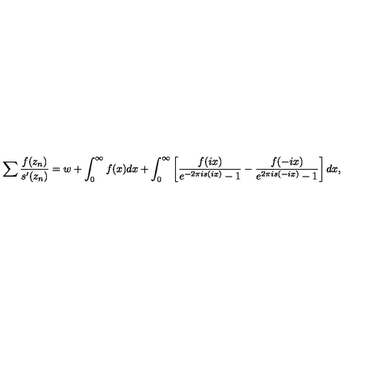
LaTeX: \sum \frac { f ( z _ { n } ) } { s ^ { \prime } ( z _ { n } ) } = w + \int _ { 0 } ^ { \infty } { f ( x ) d x } + \int _ { 0 } ^ { \infty } { \left[ \frac { f ( i x ) } { e ^ { - 2 \pi i s ( i x ) } - 1 } - \frac { f ( - i x ) } { e ^ { 2 \pi i s ( - i x ) } - 1 } \right] d x } ,